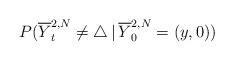
LaTeX: \begin{align*}P(\overline{Y}^{2,N}_{t} \not= \bigtriangleup \,|\, \overline{Y}^{2,N}_{0} = (y,0))\end{align*}